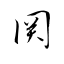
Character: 関